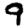
Digit: 9